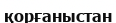
қорғаныстан